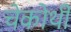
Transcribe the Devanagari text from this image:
चेकोथी